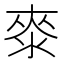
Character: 𣷚